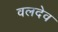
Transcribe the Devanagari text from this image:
वलदेव